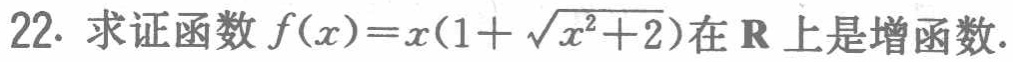
22. 求证函数\(f(x)=x(1 + \sqrt{x^{2}+2})\)在\(\mathbf{R}\)上是增函数.